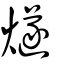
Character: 㸂